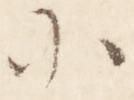
小